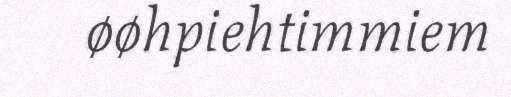
øøhpiehtimmiem